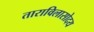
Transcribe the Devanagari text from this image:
ताराविलासोदय